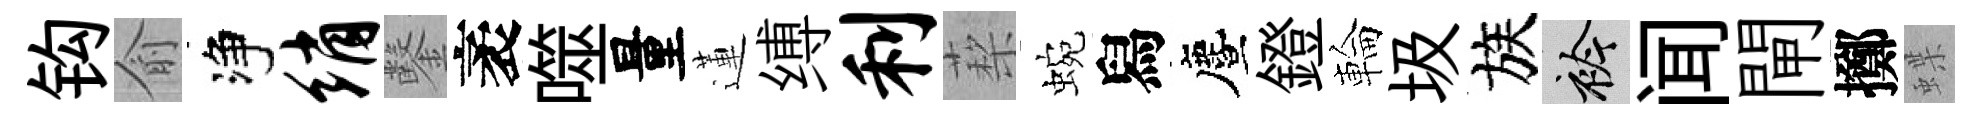
钩俞净绡鑿袤噬量蓮缚利蔾蜿舄󵨌鐙輪圾族衿闻閘擲蝶